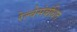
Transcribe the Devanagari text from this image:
रेल्वेसंबंधित